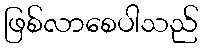
ဖြစ်လာစေပါသည်